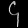
Digit: ၄